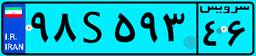
۱۹S۶۷۸۲۴